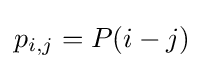
p_{i,j}=P(i-j)